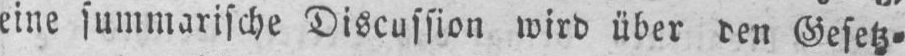
eine summarische Discussion wird über den Gesetz⸗